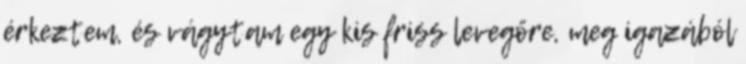
érkeztem, és vágytam egy kis friss levegőre, meg igazából